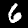
Digit: 6